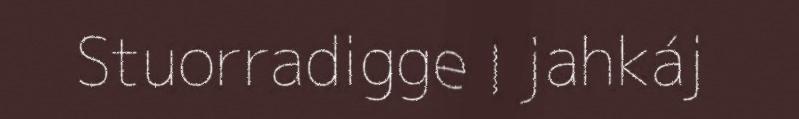
Stuorradigge l jahkáj